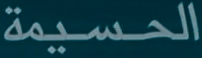
الحسيمة